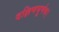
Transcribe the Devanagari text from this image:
दक्षिणघूर्णक।